Indian journal of veterinary science and animal husbandry - Volumes 24-25, 1954-1955
Year: 1954
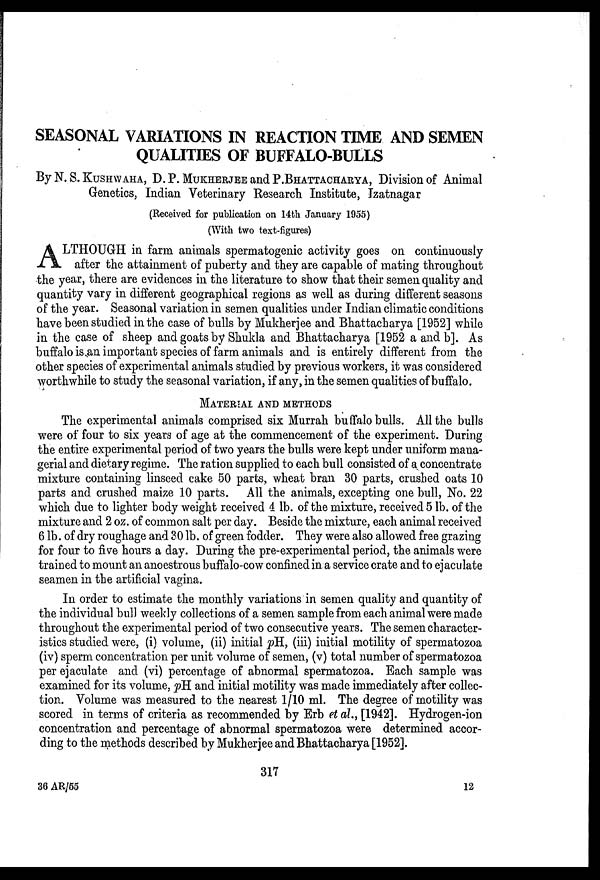
SEASONAL VARIATIONS IN REACTION TIME AND SEMEN
QUALITIES OF BUFFALO-BULLS
By N. S. KUSHWAHA, D. P. MUKHERJEE and P.P.BHATTACHARYA, Division of Animal
Genetics, Indian Veterinary Research Institute, Izatnagar
(Received for publication on 14th January 1955)
(With two text-figures)
A LTHOUGH in farm animals spermatogenic activity goes on continuously
after the attainment of puberty and they are capable of mating throughout
the year, there are evidences in the literature to show that their semen quality and
quantity vary in different geographical regions as well as during different seasons
of the year. Seasonal variation in semen qualities under Indian climatic conditions
have been studied in the case of bulls by Mukherjee and Bhattacharya [1952] while
in the case of sheep and goats by Shukla and Bhattacharya [1952 a and b]. As
buffalo is an important species of farm animals and is entirely different from the
other species of experimental animals studied by previous workers, it was considered
worthwhile to study the seasonal variation, if any, in the semen qualities of buffalo.
MATERIAL AND METHODS
The experimental animals comprised six Murrah buffalo bulls. All the bulls
were of four to six years of age at the commencement of the experiment. During
the entire experimental period of two years the bulls were kept under uniform mana-
gerial and dietary regime. The ration supplied to each bull consisted of a concentrate
mixture containing linseed cake 50 parts, wheat bran 30 parts, crushed oats 10
parts and crushed maize 10 parts. All the animals, excepting one bull, No. 22
which due to lighter body weight received 4 lb. of the mixture, received 5 lb. of the
mixture and 2 oz. of common salt per day. Beside the mixture, each animal received
6 lb. of dry roughage and 30 lb. of green fodder. They were also allowed free grazing
for four to five hours a day. During the pre-experimental period, the animals were
trained to mount an anoestrous buffalo-cow confined in a service crate and to ejaculate
seamen in the artificial vagina.
In order to estimate the monthly variations in semen quality and quantity of
the individual bull weekly collections of a semen sample from each animal were made
throughout the experimental period of two consecutive years. The semen character-
istics studied were, (i) volume, (ii) initial pH, (iii) initial motility of spermatozoa
(iv) sperm concentration per unit volume of semen, (v) total number of spermatozoa
per ejaculate and (vi) percentage of abnormal spermatozoa. Each sample was
examined for its volume, pH and initial motility was made immediately after collec-
tion. Volume was measured to the nearest 1/10 ml. The degree of motility was
scored in terms of criteria as recommended by Erb et al., [1942]. Hydrogen-ion
concentration and percentage of abnormal spermatozoa were determined accor-
ding to the methods described by Mukherjee and Bhattacharya [1952].
317
36 AR/55
12